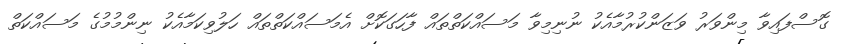
ގޮސްފައިވާ މިންވަރު ވަޒަންކުރުމާއެކު ނުނިމިވާ މަސައްކަތްތައް ފާހަގަކޮށް އެމަސައްކަތްތައް ހަލުވިކަމާއެކު ނިންމުމުގެ މަސައްކަތް